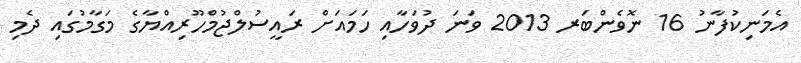
އެމަނިކުފާނު 16 ނޮވެންބަރ 2013 ވަނަ ދުވަހާއި ހަމައަށް ރައީސުލްޖުމްހޫރިއްޔާގެ މަގާމުގައި ދެމި